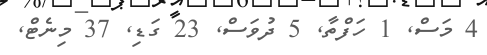
4 މަސް